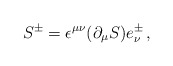
\begin{align*}S^\pm= \epsilon^{\mu \nu} (\partial_\mu S) e^\pm_\nu \, ,\end{align*}